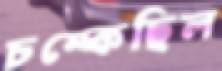
চম্‌কেছিল